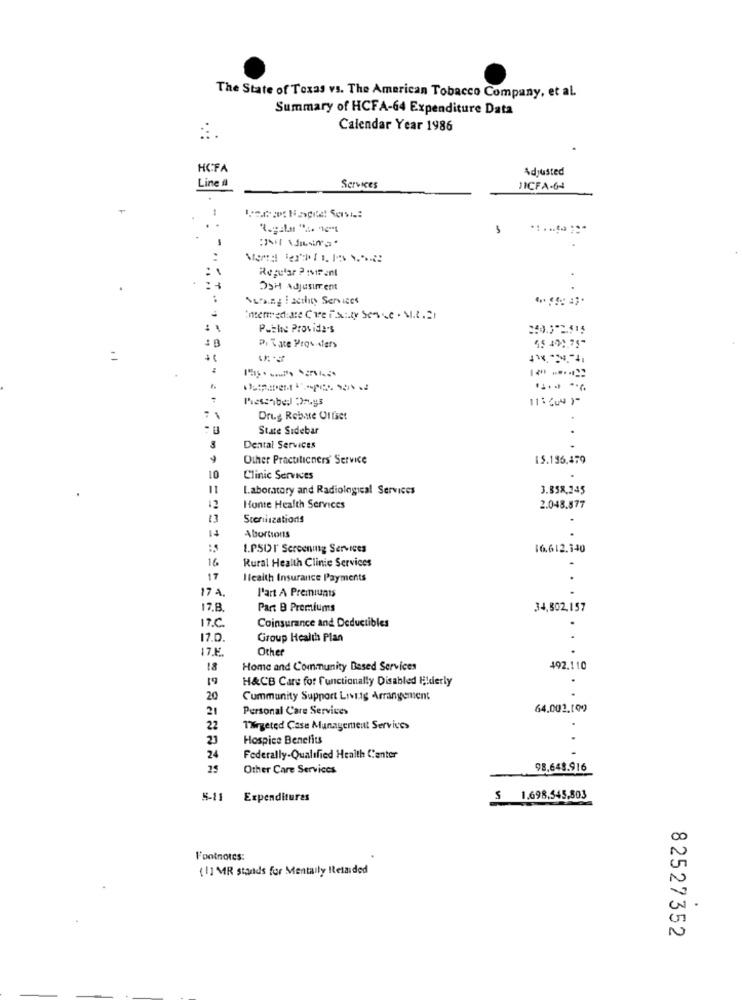
The State of Texas vs. The American Tobacco Company, et al.
Summary of HCFA-64 Expenditure Data
Calendar Year 1986
HCFA
Adjusted
Line
Services
JICFA-64
Regular PIMirent
Dai Adjustment
Nursing I actlity Services
Pathe Provide's
250.372.515
55 401.75-
Pi Tate Providers
=
Messabed 2muys
11:44)
Drug Rebate Offset
State Sidebar
3
Dental Services
Other Practitioners' Service
15.136.479
Clinic Services
.
11
Laboratory and Radiological Services
3.858.245
12
Honte Health Services
2.048.877
13
Sconiszations
Abortions
I.PSUI Screening Services
16.612.140
16.
Rural Health Clinic Services
17
Health Insurance Payments
17 A.
l'art A Premiunts
17.8.
Part B Premiums
34,502,157
17.C
Coinsurance and Deductibles
17.0.
Group Health Plan
17.F
Other
18
Home and Community Based Services
492.110
19
H&CB Care for functionally Disabled Elderly
20
Community Support Living Arrangement
21
Personal Care Services
64.002.199
22
Targeted Case Management Services
21
Hospice Benefits
24
Federally-Qualified Health Center
25
Other Care Services
98.648.916
5-11
Expenditures
$ 1.698.545,803
l'ontnotes:
[1] MR stands for Mentally Itetaided
.
82527352